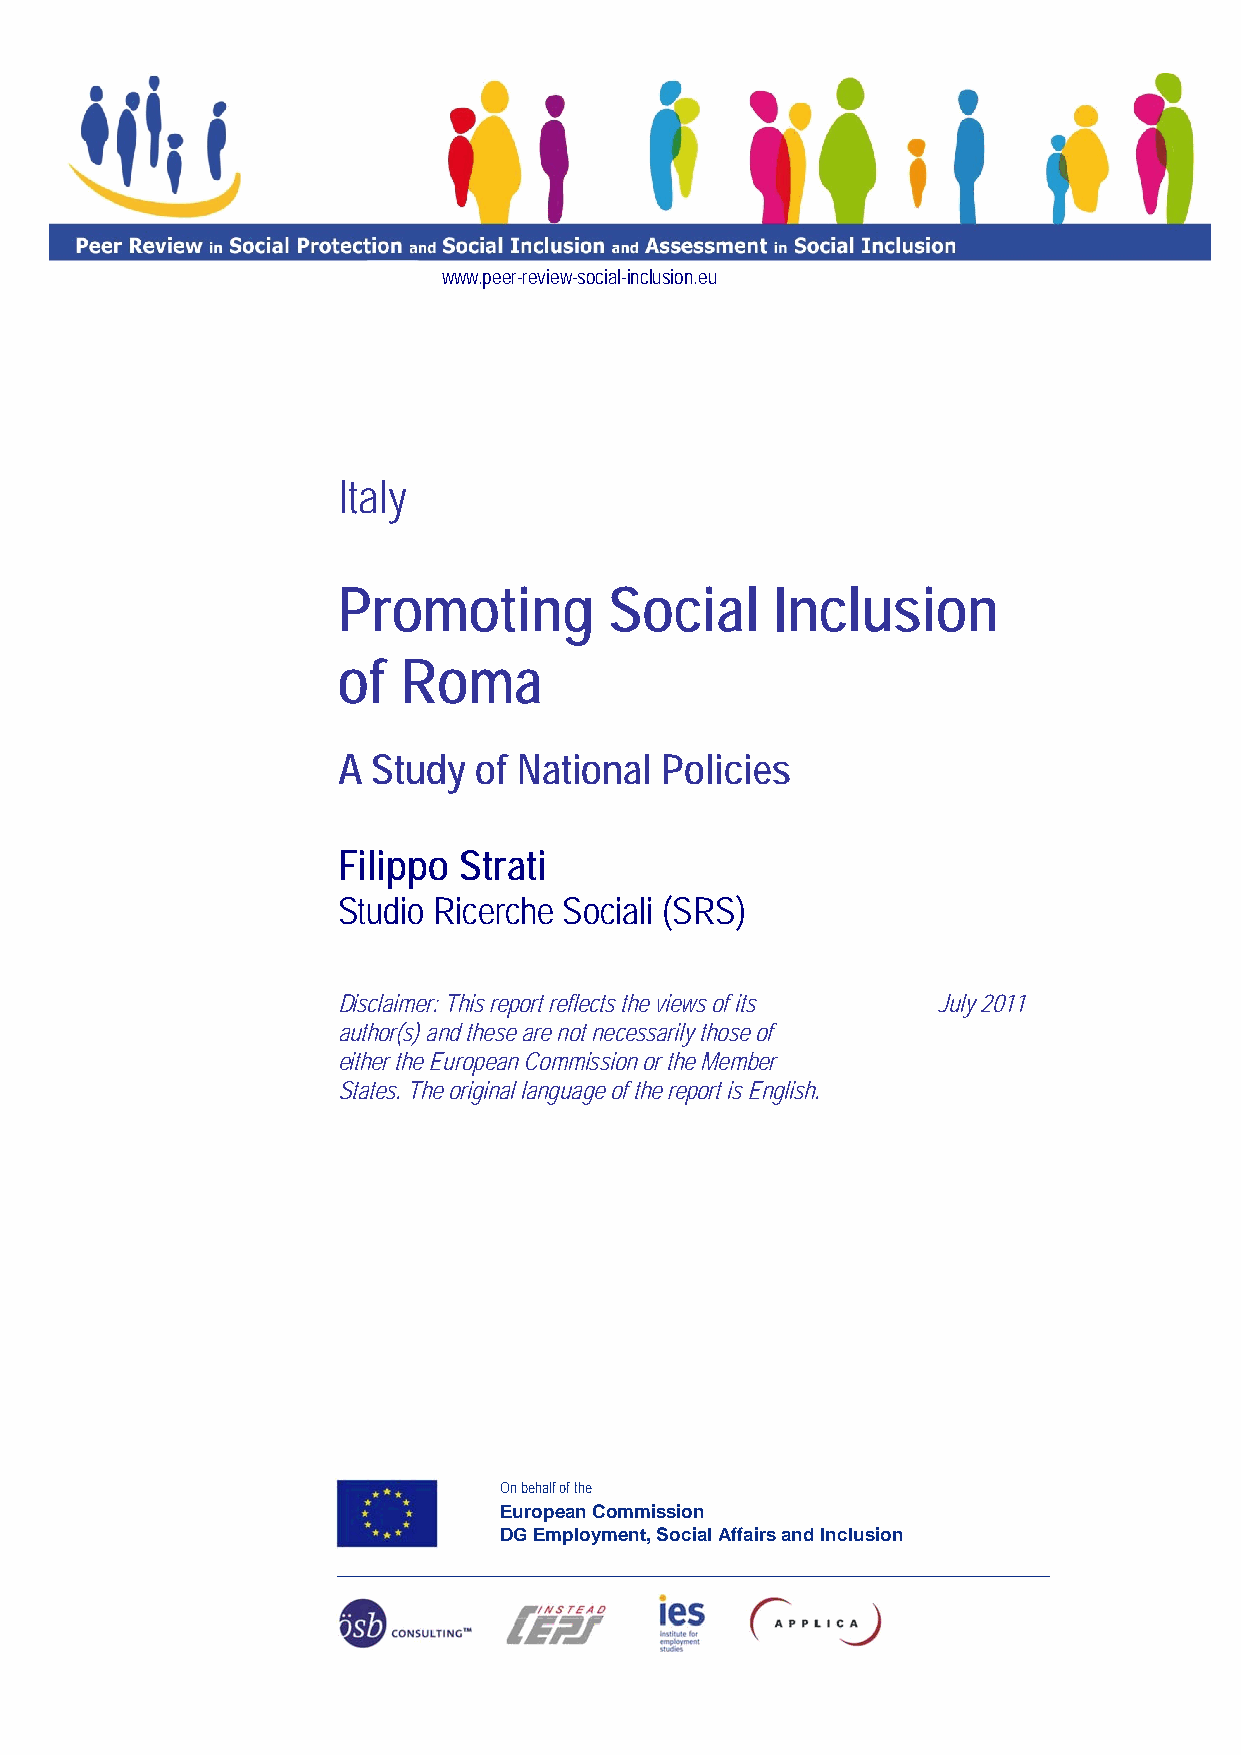
www.peer-review-social-inclusion.eu
 Italy
 Promoting         Social     Inclusion
 of  Roma
 A  Study of National  Policies
 Filippo Strati
 Studio Ricerche Sociali (SRS)
 Disclaimer: This report reflects the views of its July 2011
 author(s) and these are not necessarily those of
 either the European Commission or the Member
 States. The original language of the report is English.
 On behalf of the
 European Commission
 DG Employment, Social Affairs and Inclusion